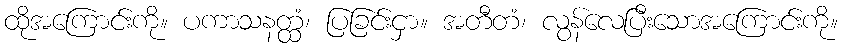
ထိုအကြောင်းကို။ ပကာသနတ္ထံ၊ ပြခြင်းငှာ။ အတီတံ၊ လွန်လေပြီးသောအကြောင်းကို။